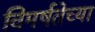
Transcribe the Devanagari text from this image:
विमर्षतेच्या